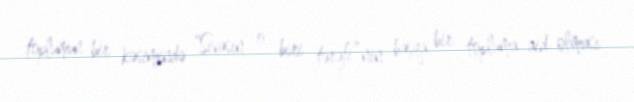
toplumun bir kəsimində “Sivasın o biri tərəfi”nin başqa bir topluma aid olması